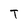
Character: T